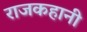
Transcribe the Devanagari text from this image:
राजकहानी